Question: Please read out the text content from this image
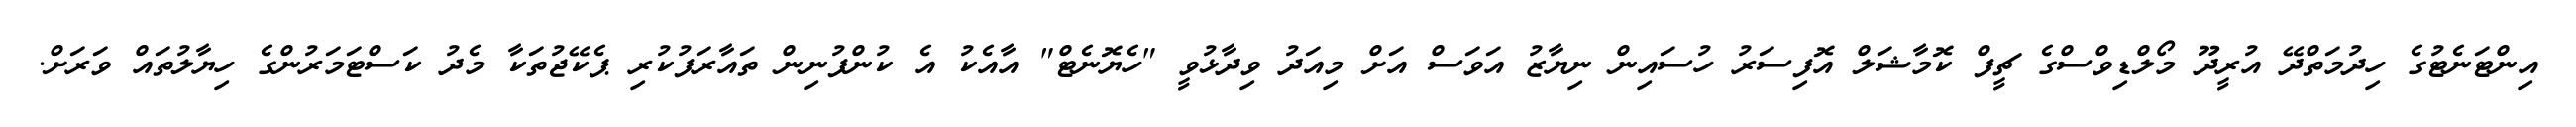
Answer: އިންޓަނެޓުގެ ހިދުމަތްދޭ އުރީދޫ މޯލްޑިވްސްގެ ޗީފް ކޮމާޝަލް އޮފިސަރު ހުސައިން ނިޔާޒު އަވަސް އަށް މިއަދު ވިދާޅުވީ "ހެޔޮނެޓް" އާއެކު އެ ކުންފުނިން ތައާރަފުކުރި ޕެކޭޖުތަކާ މެދު ކަސްޓަމަރުންގެ ހިޔާލުތައް ވަރަށް.